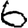
Digit: 6